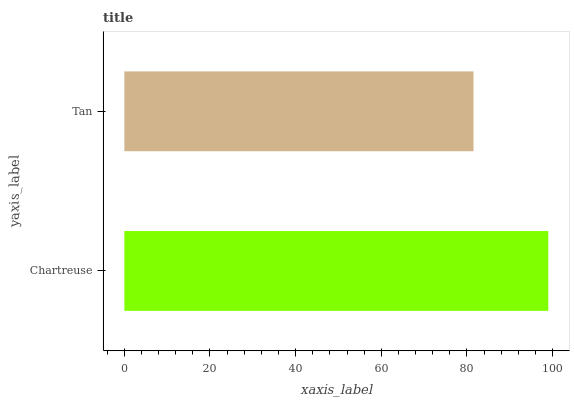
| yaxis_label | bars |
 | --- | --- |
 | Chartreuse | 99 |
 | Tan | 81.5 |